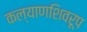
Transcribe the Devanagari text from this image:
कल्याणशिवरूप